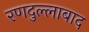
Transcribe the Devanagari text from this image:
रणदुल्लाबाद